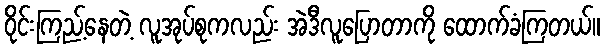
ဝိုင်းကြည့်နေတဲ့ လူအုပ်စုကလည်း အဲဒီလူပြောတာကို ထောက်ခံကြတယ်။